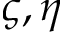
\varsigma , \eta